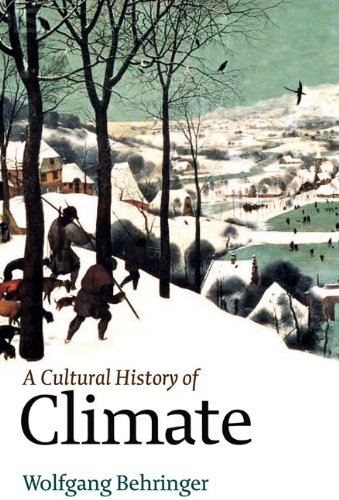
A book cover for A Cultural History of Climate; Wolfgang Behringer; History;